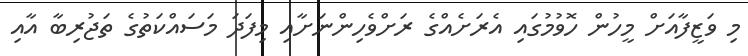
މި ވަޒީފާއަށް މީހުން ހޮވުމުގައި އެރަށެއްގެ ރަށްވެހިންނަށާއި މިފަދަ މަސައްކަތުގެ ތަޖުރިބާ އާއި